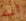
أنك